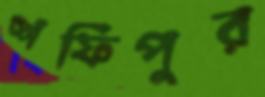
শফিপুর